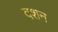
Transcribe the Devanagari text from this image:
दशन